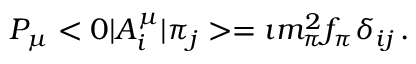
P _ { \mu } < 0 | A _ { i } ^ { \mu } | \pi _ { j } > = \imath m _ { \pi } ^ { 2 } f _ { \pi } \delta _ { i j } \, .